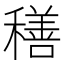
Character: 𮃬